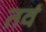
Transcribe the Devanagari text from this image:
तवं